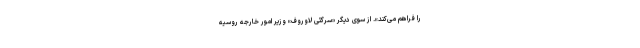
را فراهم می‌کند». از سوی دیگر «سرگئی لاوروف» وزیر امور خارجه روسیه